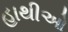
હાથીઓ